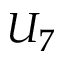
U _ { 7 }